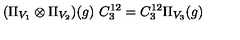
( \Pi _ { V _ { 1 } } \otimes \Pi _ { V _ { 2 } } ) ( g ) \ C _ { 3 } ^ { 1 2 } = C _ { 3 } ^ { 1 2 } \Pi _ { V _ { 3 } } ( g )